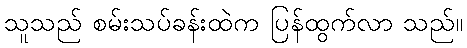
သူသည် စမ်းသပ်ခန်းထဲက ပြန်ထွက်လာ သည်။